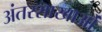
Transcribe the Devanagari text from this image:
अंतरशाखाओं